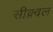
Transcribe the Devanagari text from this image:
सीक़्वल